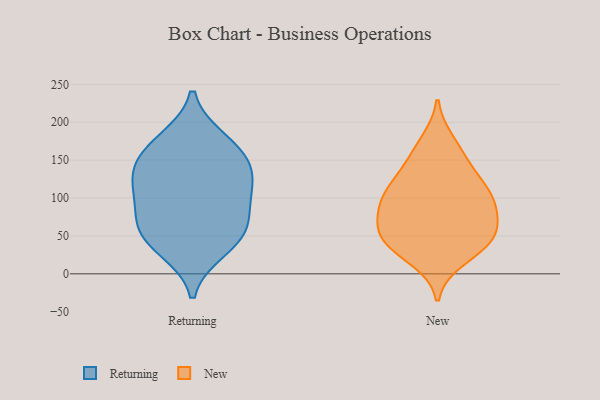
{"axis": {"x": "Customer Acquisition Cost (USD)", "y": "Value"}, "legend": ["New", "Returning"], "data": [{"x": "", "y": 33, "type": "Returning"}, {"x": "", "y": 68, "type": "Returning"}, {"x": "", "y": 148, "type": "Returning"}, {"x": "", "y": 166, "type": "Returning"}, {"x": "", "y": 51, "type": "Returning"}, {"x": "", "y": 121, "type": "Returning"}, {"x": "", "y": 176, "type": "Returning"}, {"x": "", "y": 53, "type": "Returning"}, {"x": "", "y": 135, "type": "Returning"}, {"x": "", "y": 92, "type": "Returning"}, {"x": "", "y": 110, "type": "Returning"}, {"x": "", "y": 36, "type": "New"}, {"x": "", "y": 107, "type": "New"}, {"x": "", "y": 79, "type": "New"}, {"x": "", "y": 53, "type": "New"}, {"x": "", "y": 102, "type": "New"}, {"x": "", "y": 39, "type": "New"}, {"x": "", "y": 103, "type": "New"}, {"x": "", "y": 72, "type": "New"}, {"x": "", "y": 20, "type": "New"}, {"x": "", "y": 121, "type": "New"}, {"x": "", "y": 47, "type": "New"}, {"x": "", "y": 89, "type": "New"}, {"x": "", "y": 53, "type": "New"}, {"x": "", "y": 174, "type": "New"}, {"x": "", "y": 157, "type": "New"}, {"x": "", "y": 138, "type": "New"}]}